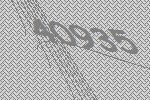
40935